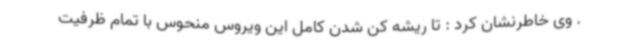
. وی خاطرنشان کرد : تا ریشه کن شدن کامل این ویروس منحوس با تمام ظرفیت